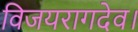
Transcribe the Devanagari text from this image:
विजयरागदेव।